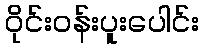
ဝိုင်းဝန်းပူးပေါင်း